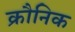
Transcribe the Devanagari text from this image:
क्रौनिक